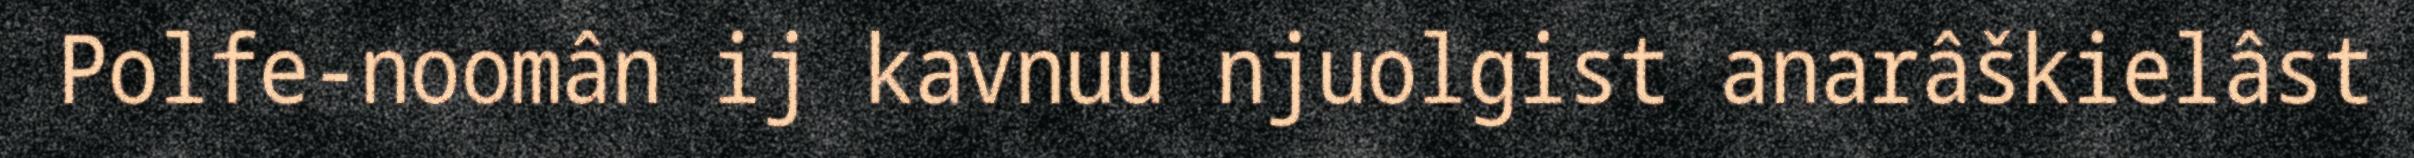
Polfe-noomân ij kavnuu njuolgist anarâškielâst